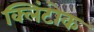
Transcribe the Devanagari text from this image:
क्लिंटोक